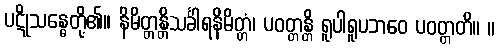
ပဋိုသန္ဓေတို့၏။ နိမိတ္တန္တိသင်္ခါရနိမိတ္တံ၊ ပဝတ္တန္တိ ရူပါရူပဘဝေ ပဝတ္တတိ။ ။